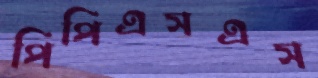
পিপিএসএস